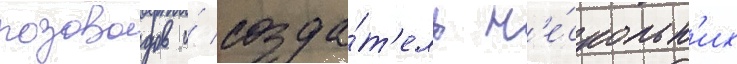
розоводов и́ созда́т'ель н'е́скольк'их